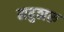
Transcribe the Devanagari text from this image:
सबुठारु